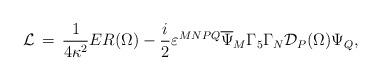
LaTeX: \begin{align*}{\cal L}\,=\,\frac{1}{4\kappa^2}ER(\Omega) -\frac{i}{2}\varepsilon^{MNPQ}\overline{\Psi}_M\Gamma_5\Gamma_N{\cal D}_P (\Omega)\Psi_Q,\end{align*}